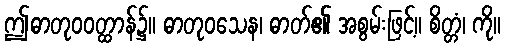
ဤဓာတုဝဝတ္ထာန်၌။ ဓာတုဝသေန၊ ဓာတ်၏ အစွမ်းဖြင့်။ စိတ္တံ၊ ကို။